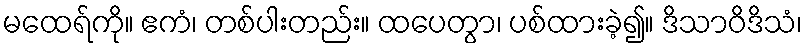
မထေရ်ကို။ ဧကံ၊ တစ်ပါးတည်း။ ထပေတွာ၊ ပစ်ထားခဲ့၍။ ဒိသာဝိဒိသံ၊